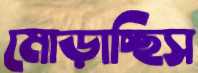
মোড়াচ্ছিস